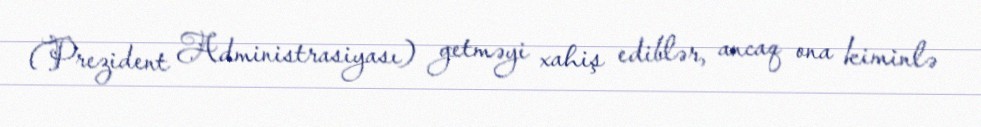
(Prezident Administrasiyası) getməyi xahiş ediblər, ancaq ona kiminlə